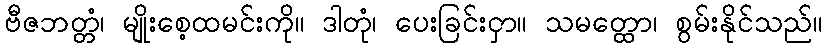
ဗီဇဘတ္တံ၊ မျိုးစေ့ထမင်းကို။ ဒါတုံ၊ ပေးခြင်းငှာ။ သမတ္ထော၊ စွမ်းနိုင်သည်။